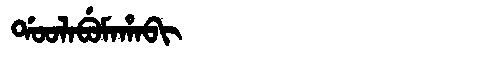
Manchu: ᡩᠣᠣᠯᠠᠪᡠᠮᠠᡥᠠᠪᡳ
Romanization: DOOLABUMAHABI